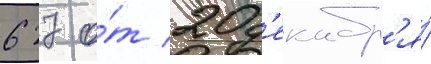
627 о́т 20 д'екабр'я́